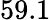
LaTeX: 59.1